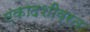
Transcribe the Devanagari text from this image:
एकादशीव्रत